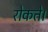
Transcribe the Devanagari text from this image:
रोकते।